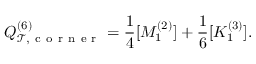
Q _ { \mathcal { T } , \mathrm { ~ c ~ o ~ r ~ n ~ e ~ r ~ } } ^ { ( 6 ) } = \frac { 1 } { 4 } [ M _ { 1 } ^ { ( 2 ) } ] + \frac { 1 } { 6 } [ K _ { 1 } ^ { ( 3 ) } ] .